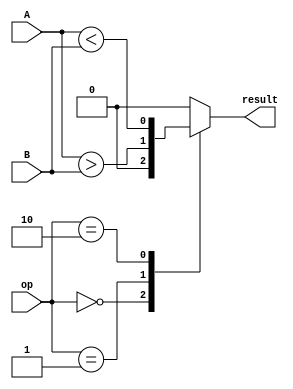
module comparator (
  input [63:0] A,
  input [63:0] B,
  input [1:0] op,
  output reg result
);

reg [63:0] equal_array, greater_array, less_array;

assign equal_array = A == B;
assign greater_array = A > B;
assign less_array = A < B;

always @* begin
  case(op)
    2'b00: result = &equal_array; // all bits are equal
    2'b01: result = |greater_array; // greater than
    2'b10: result = |less_array; // less than
    default: result = 1'b0; // default case
  endcase
end

endmodule